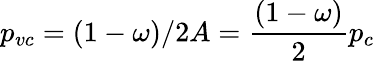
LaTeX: p_{vc}=(1-\omega)/2A=\frac{(1-\omega)}{2}p_{c}